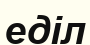
еділ